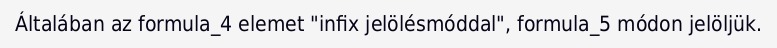
Általában az formula_4 elemet "infix jelölésmóddal", formula_5 módon jelöljük.